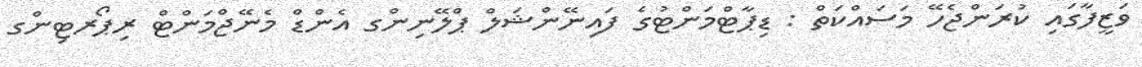
ވަޒީފާގައި ކުރަންޖެހޭ މަސައްކަތް : ޑިޕާޓްމަންޓުގެ ފައިނޭންޝަލް ޕްލޭނިންގ އެންޑް މެނޭޖްމަންޓް ރިޕޯރޓިންގ